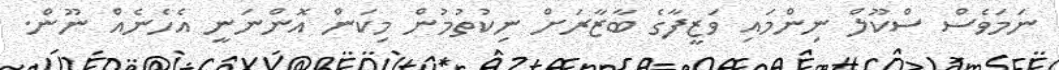
ނަމަވެސް ސްކޫލް ނިންމައި ވަޒީފާގެ ބާޒާރަށް ނިކުތުމުން މިކަން އޮންނަނީ އެހެނެއް ނޫން.